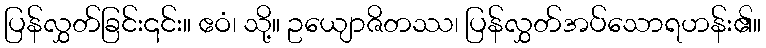
ပြန်လွှတ်ခြင်း၎င်း။ ဧဝံ၊ သို့။ ဥယျောဇိတဿ၊ ပြန်လွှတ်အပ်သောရဟန်း၏။